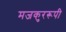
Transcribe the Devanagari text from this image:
मजकुररूपी